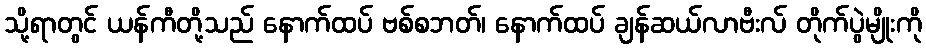
သို့ရာတွင် ယန်ကီတို့သည် နောက်ထပ် ဗစ်စဘတ်၊ နောက်ထပ် ချန်ဆယ်လာဗီးလ် တိုက်ပွဲမျိုးကို